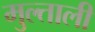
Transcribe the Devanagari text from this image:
मुल्ताली